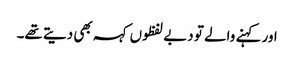
اور کہنے والے تو دبے لفظوں کہہ بھی دیتے تھے۔